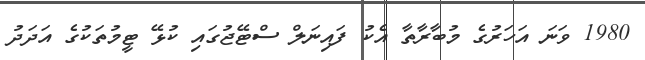
1980 ވަނަ އަހަރުގެ މުބާރާތާ އެކު ފައިނަލް ސްޓޭޖުގައި ކުޅޭ ޓީމުތަކުގެ އަދަދު